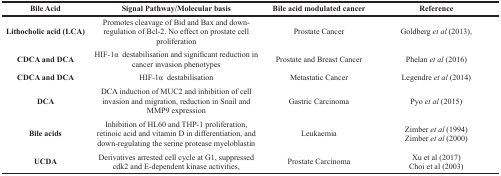
| Bile Acid | Signal Pathway/Molecular basis | Bile acid modulated cancer | Reference |
 | --- | --- | --- | --- |
 | Lithocholic acid (LCA) | Promotes cleavage of Bid and Bax and down-regulation of Bcl-2. No effect on prostate cell proliferation | Prostate Cancer | Goldberg et al (2013), |
 | CDCA and DCA | HIF-1α destabilisation and significant reduction in cancer invasion phenotypes | Prostate and Breast Cancer | Phelan et al (2016) |
 | CDCA and DCA | HIF-1α destabilisation | Metastatic Cancer | Legendre et al (2014) |
 | DCA | DCA induction of MUC2 and inhibition of cell invasion and migration, reduction in Snail and MMP9 expression | Gastric Carcinoma | Pyo et al (2015) |
 | Bile acids | Inhibition of HL60 and THP-1 proliferation, retinoic acid and vitamin D in differentiation, and down-regulating the serine protease myeloblastin | Leukaemia | Zimber et al (1994) Zimber et al (2000) |
 | UCDA | Derivatives arrested cell cycle at G1, suppressed cdk2 and E-dependent kinase activities, | Prostate Carcinoma | Xu et al (2017) Choi et al (2003) |